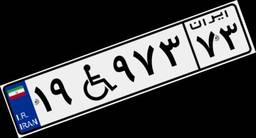
۱۹W۹۷۳۷۳